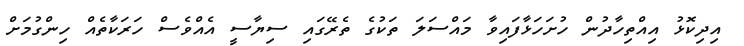
އިދިކޮޅު އިއްތިހާދުން ހުށަހަޅާފައިވާ މައްސަލަ ތަކުގެ ތެރޭގައި ސިޔާސީ އެއްވެސް ހަރަކާތެއް ހިންގުމަށް